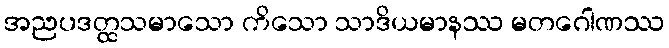
အညပဒတ္ထသမာသော ကိသော သာဒိယမာနဿ မတဂေါဏဿ